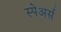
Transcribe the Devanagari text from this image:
स्पेअर्स